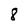
Character: 8